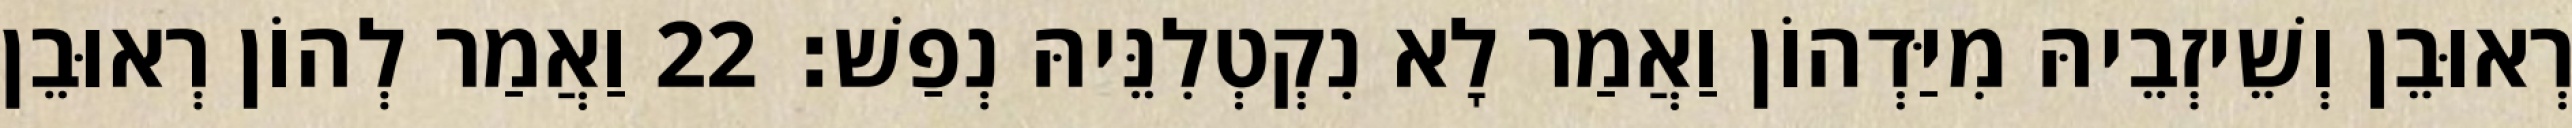
רְאוּבֵן וְשֵׁיזְבֵיהּ מִיַּדְהוֹן וַאֲמַר לָא נִקְטְלִנֵּיהּ נְפַשׁ׃ 22 וַאֲמַר לְהוֹן רְאוּבֵן